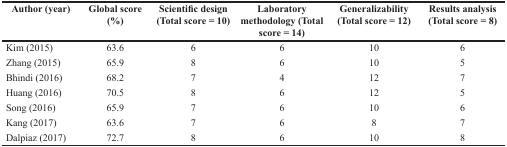
<table><thead><tr><td><b>Author (year)</b></td><td><b>Global score (%)</b></td><td><b>Scientific design (Total score = 10)</b></td><td><b>Laboratory methodology (Total score = 14)</b></td><td><b>Generalizability (Total score = 12)</b></td><td><b>Results analysis (Total score = 8)</b></td></tr></thead><tbody><tr><td>Kim (2015)</td><td>63.6</td><td>6</td><td>6</td><td>10</td><td>6</td></tr><tr><td>Zhang (2015)</td><td>65.9</td><td>8</td><td>6</td><td>10</td><td>5</td></tr><tr><td>Bhindi (2016)</td><td>68.2</td><td>7</td><td>4</td><td>12</td><td>7</td></tr><tr><td>Huang (2016)</td><td>70.5</td><td>8</td><td>6</td><td>12</td><td>5</td></tr><tr><td>Song (2016)</td><td>65.9</td><td>7</td><td>6</td><td>10</td><td>6</td></tr><tr><td>Kang (2017)</td><td>63.6</td><td>7</td><td>6</td><td>8</td><td>7</td></tr><tr><td>Dalpiaz (2017)</td><td>72.7</td><td>8</td><td>6</td><td>10</td><td>8</td></tr></tbody></table>